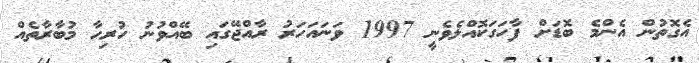
އެގޮތުން އެންމެ ބޮޑަށް ފާހަގަކޮއްލެވެނީ 1997 ވަނައަހަރު ރާއްޖޭގައި ބޭއްވުނު ހުރިހާ މުބާރާތެއް